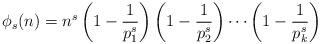
LaTeX: \begin{align*}{\phi _s}(n) = {n^s}\left( {1 - \frac{1}{{{p_1^s}}}} \right)\left( {1 - \frac{1}{{p_2^s}}} \right) \cdots\left( {1 - \frac{1}{{p_k^s}}} \right) \end{align*}